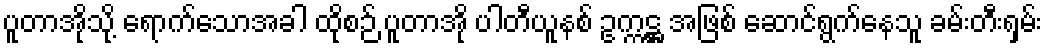
ပူတာအိုသို့ ရောက်သောအခါ ထိုစဉ် ပူတာအို ပါတီယူနစ် ဥက္ကဋ္ဌ အဖြစ် ဆောင်ရွက်နေသူ ခမ်းတီးရှမ်း